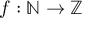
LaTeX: f : \mathbb { N } \to \mathbb { Z }